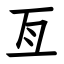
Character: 亙